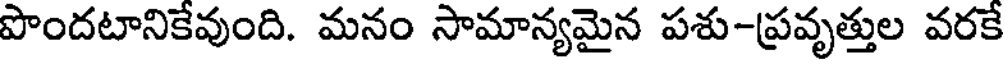
పొందటానికేవుంది. మనం సామాన్యమైన పశు-ప్రవృత్తుల వరకే